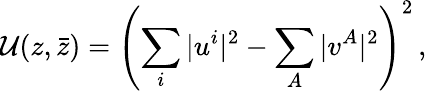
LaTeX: {\cal U}(z,\bar{z})=\left(\sum_{i}\vert u^{i}\vert^{2}-\sum_{A}\vert v^{A}\vert^{2}\right)^{2}\, ,